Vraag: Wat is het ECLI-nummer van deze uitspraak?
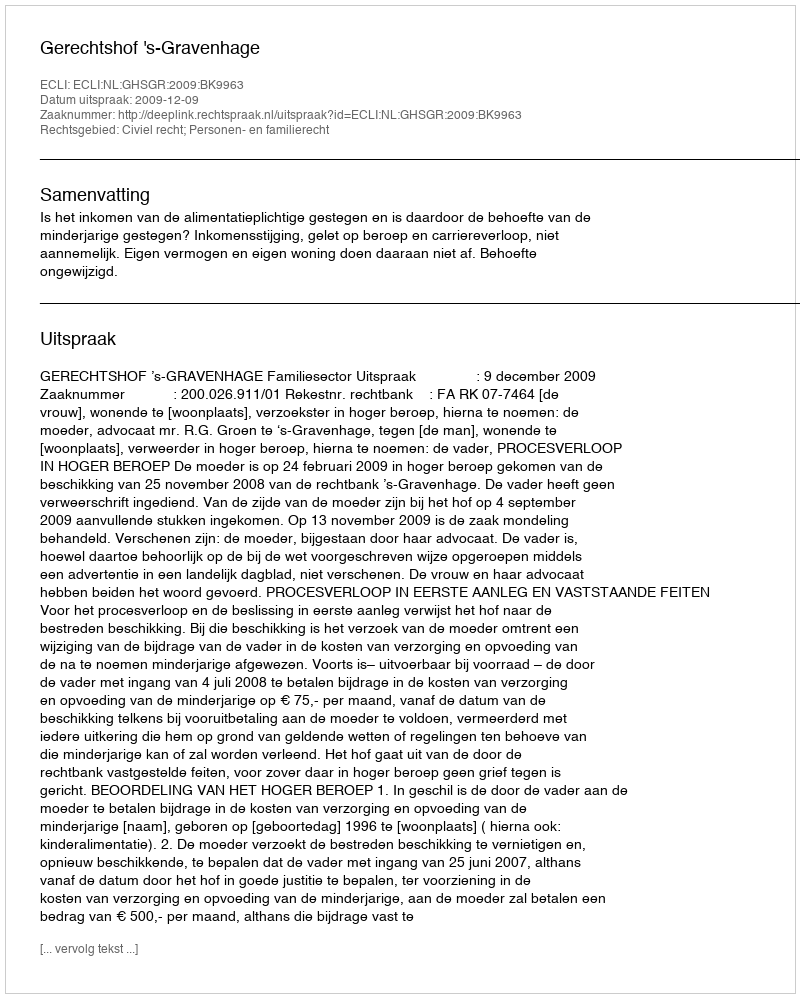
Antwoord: ECLI:NL:GHSGR:2009:BK9963